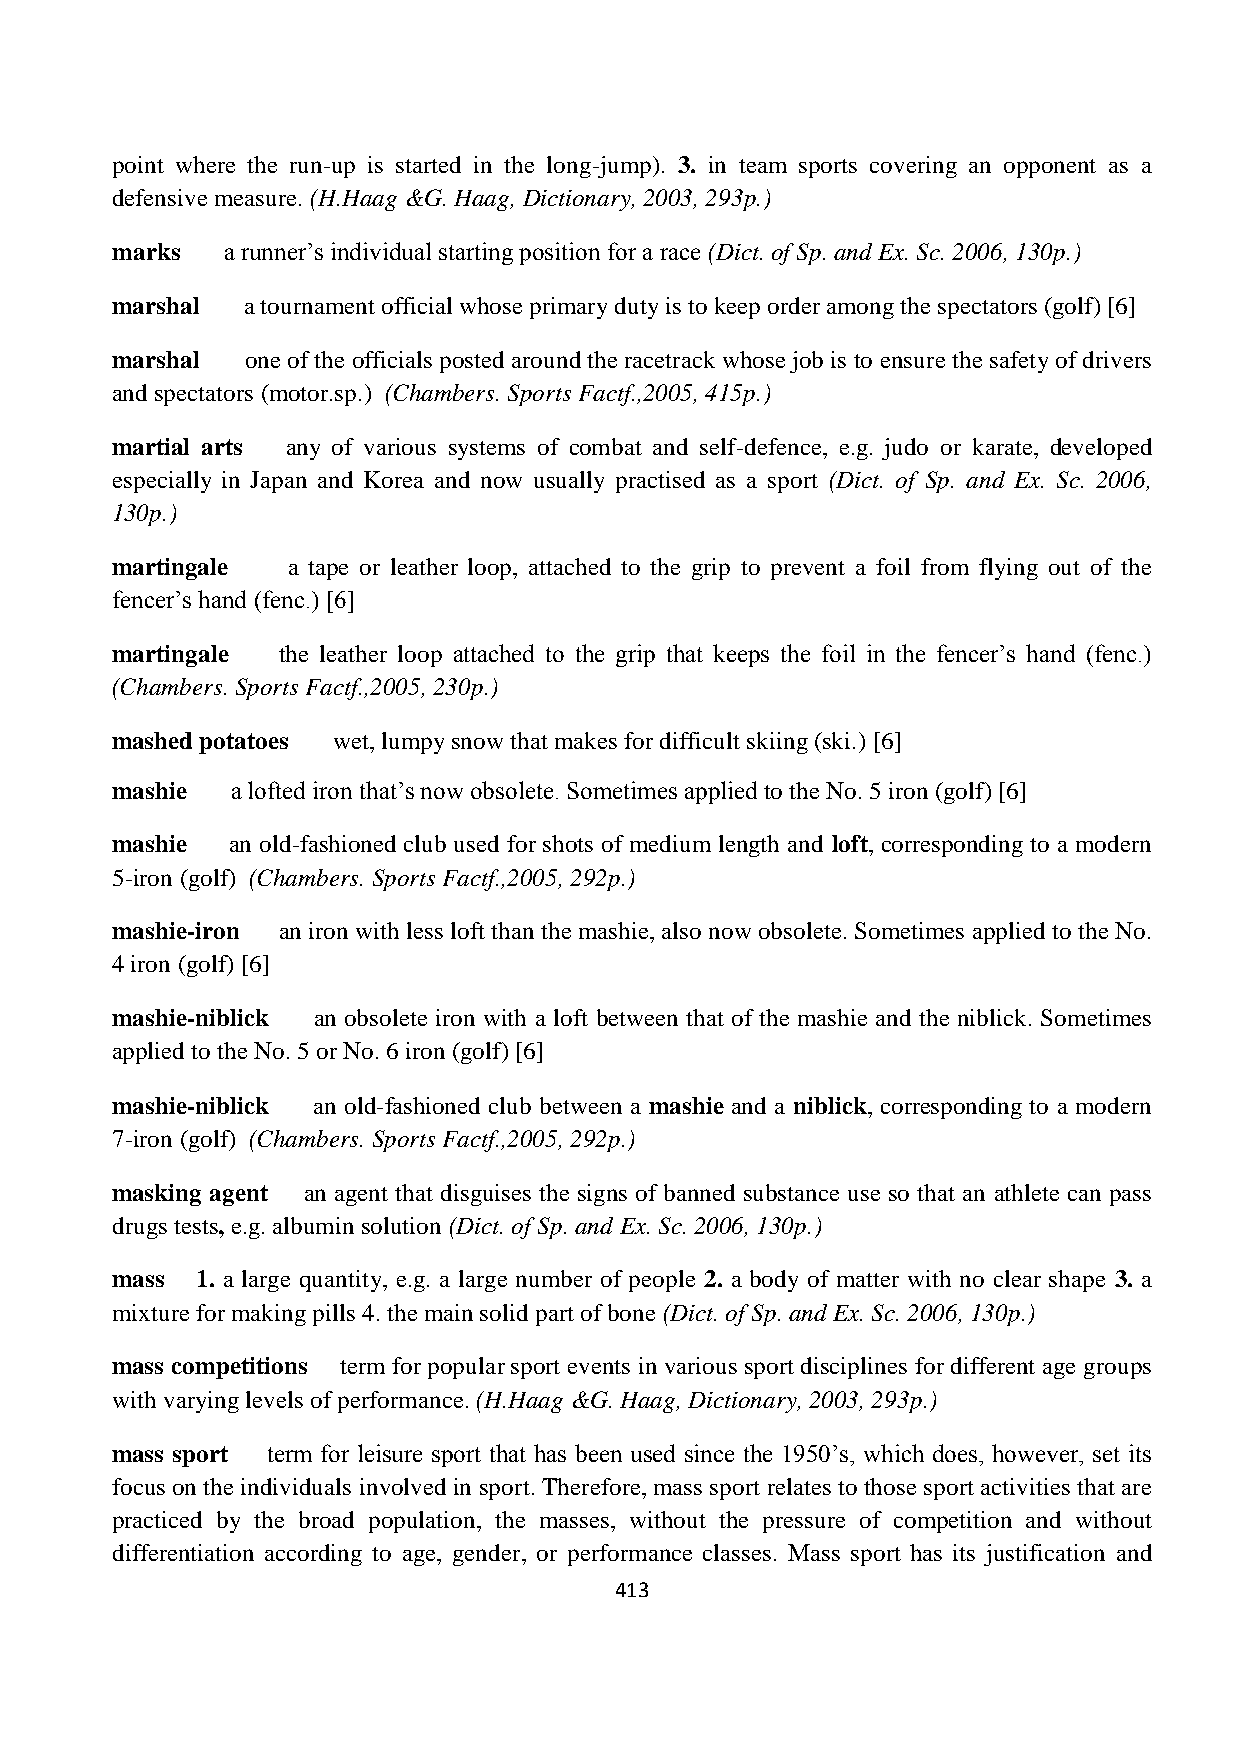
point where the run-up is started in the long-jump). 3. in team sports covering an opponent as a
 defensive measure. (H.Haag &G. Haag, Dictionary, 2003, 293p.)
 marks   a runner’s individual starting position for a race (Dict. of Sp. and Ex. Sc. 2006, 130p.)
 marshal  a tournament official whose primary duty is to keep order among the spectators (golf) [6]
 marshal  one of the officials posted around the racetrack whose job is to ensure the safety of drivers
 and spectators (motor.sp.) (Chambers. Sports Factf.,2005, 415p.)
 martial arts any of various systems of combat and self-defence, e.g. judo or karate, developed
 especially in Japan and Korea and now usually practised as a sport (Dict. of Sp. and Ex. Sc. 2006,
 130p.)
 martingale  a tape or leather loop, attached to the grip to prevent a foil from flying out of the
 fencer’s hand (fenc.) [6]
 martingale the leather loop attached to the grip that keeps the foil in the fencer’s hand (fenc.)
 (Chambers. Sports Factf.,2005, 230p.)
 mashed potatoes wet, lumpy snow that makes for difficult skiing (ski.) [6]
 mashie  a lofted iron that’s now obsolete. Sometimes applied to the No. 5 iron (golf) [6]
 mashie  an old-fashioned club used for shots of medium length and loft, corresponding to a modern
 5-iron (golf) (Chambers. Sports Factf.,2005, 292p.)
 mashie-iron an iron with less loft than the mashie, also now obsolete. Sometimes applied to the No.
 4 iron (golf) [6]
 mashie-niblick an obsolete iron with a loft between that of the mashie and the niblick. Sometimes
 applied to the No. 5 or No. 6 iron (golf) [6]
 mashie-niblick an old-fashioned club between a mashie and a niblick, corresponding to a modern
 7-iron (golf) (Chambers. Sports Factf.,2005, 292p.)
 masking agent an agent that disguises the signs of banned substance use so that an athlete can pass
 drugs tests, e.g. albumin solution (Dict. of Sp. and Ex. Sc. 2006, 130p.)
 mass  1. a large quantity, e.g. a large number of people 2. a body of matter with no clear shape 3. a
 mixture for making pills 4. the main solid part of bone (Dict. of Sp. and Ex. Sc. 2006, 130p.)
 mass competitions term for popular sport events in various sport disciplines for different age groups
 with varying levels of performance. (H.Haag &G. Haag, Dictionary, 2003, 293p.)
 mass sport term for leisure sport that has been used since the 1950’s, which does, however, set its
 focus on the individuals involved in sport. Therefore, mass sport relates to those sport activities that are
 practiced by the broad population, the masses, without the pressure of competition and without
 differentiation according to age, gender, or performance classes. Mass sport has its justification and
 413